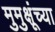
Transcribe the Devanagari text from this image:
मुमुक्षूंच्या